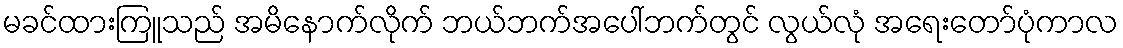
မခင်ထားကြူသည် အမိနောက်လိုက် ဘယ်ဘက်အပေါ်ဘက်တွင် လွယ်လုံ အရေးတော်ပုံကာလ